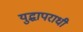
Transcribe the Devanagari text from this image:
युद्धापराधी